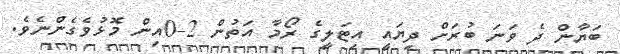
ބަޔާން ދެ ވަނަ ބުރަށް ދިޔައީ އިޓަލީގެ ރޯމާ އަތުން 2-0އިން މޮޅުވެގެންނެވެ.